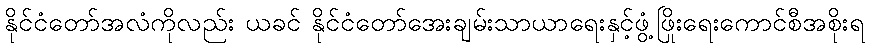
နိုင်ငံတော်အလံကိုလည်း ယခင် နိုင်ငံတော်အေးချမ်းသာယာရေးနှင့်ဖွံ့ဖြိုးရေးကောင်စီအစိုးရ